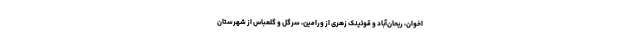
اخوان، ریحان‌آباد و قوئینک زُهری از ورامین، سرگل و گلعباس از شهرستان